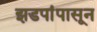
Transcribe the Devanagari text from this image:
झडपांपासून